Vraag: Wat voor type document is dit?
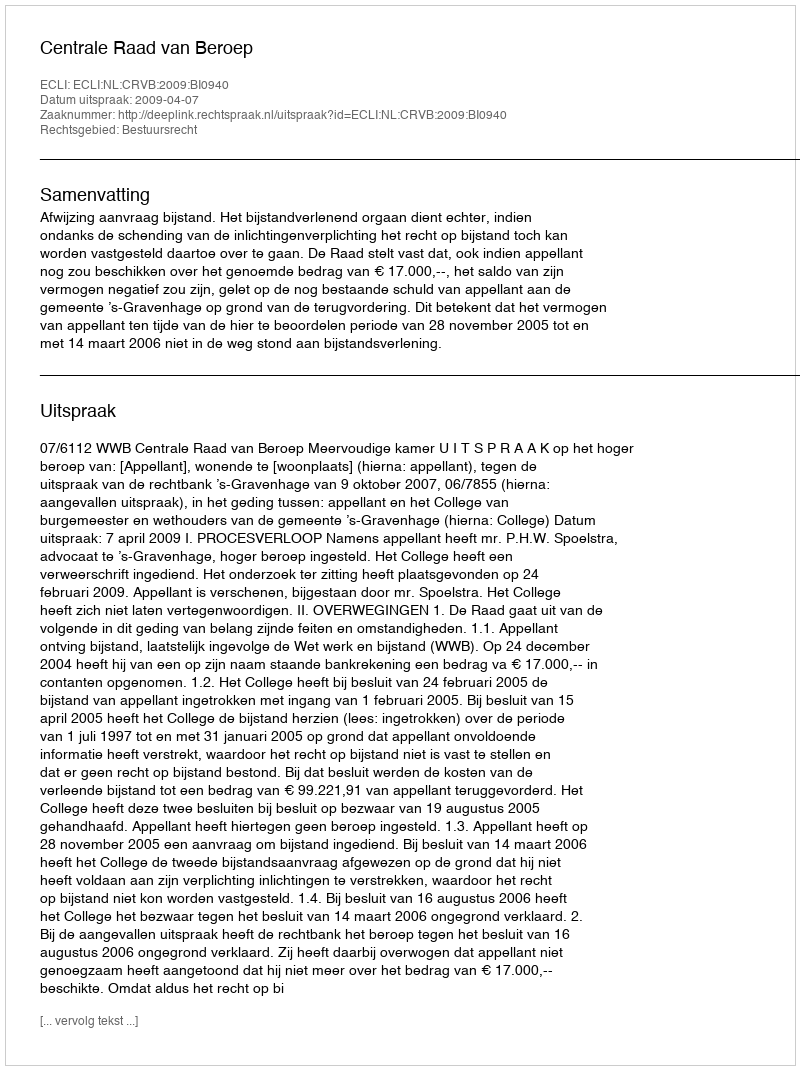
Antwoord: Uitspraak